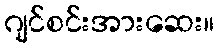
ဂျင်စင်းအားဆေး။